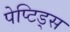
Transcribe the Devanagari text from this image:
पेप्टिड्स